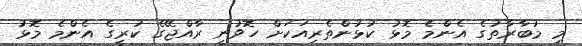
މި މުބާރާތުގެ އެންމެ މޮޅު ކުޅުންތެރިއަކަށް ހޮވުނީ ރާއްޖޭގެ ކުރީގެ އެންމެ މޮޅު